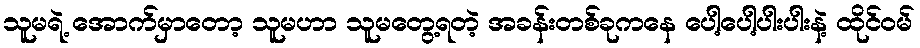
သူမရဲ့ အောက်မှာတော့ သူမဟာ သူမတွေ့ရတဲ့ အခန်းတစ်ခုကနေ ပေါ့ပေါ့ပါးပါးနဲ့ ထိုင်ဝမ်